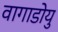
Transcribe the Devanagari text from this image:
वागाडोयु